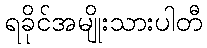
ရခိုင်အမျိုးသားပါတီ